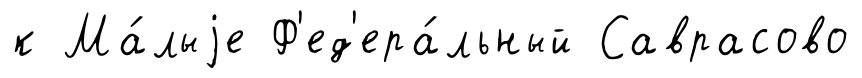
к Ма́лыjе Ф'ед'ера́льный Саврасово